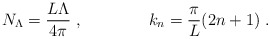
\begin{align*}N_{\Lambda}=\frac{L\Lambda}{4\pi} \ , \qquad \qquad k_n=\frac{\pi}{L}(2n+1) \ .\end{align*}